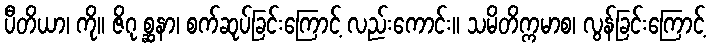
ပီတိယာ၊ ကို။ ဇိဂု စ္ဆနာ၊ စက်ဆုပ်ခြင်းကြောင့် လည်းကောင်း။ သမိတိက္ကမာစ၊ လွန်ခြင်းကြောင့်